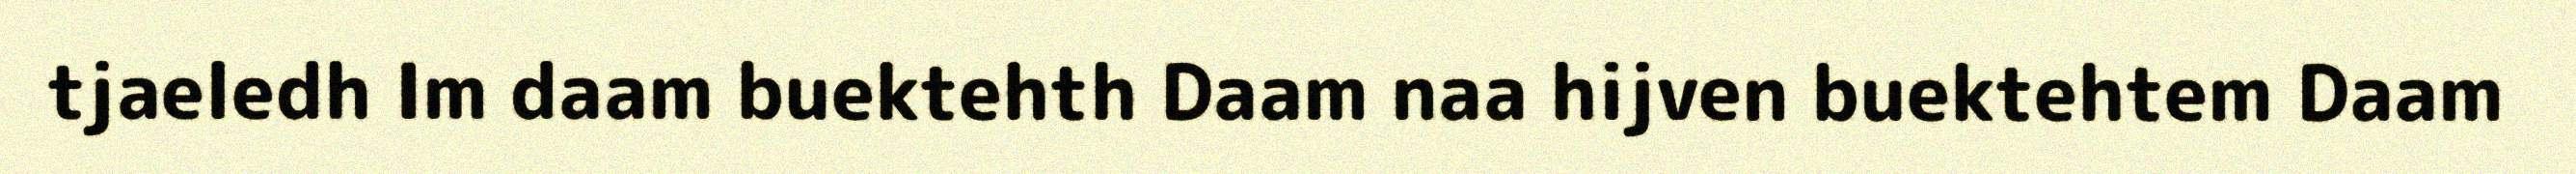
tjaeledh Im daam buektehth Daam naa hijven buektehtem Daam